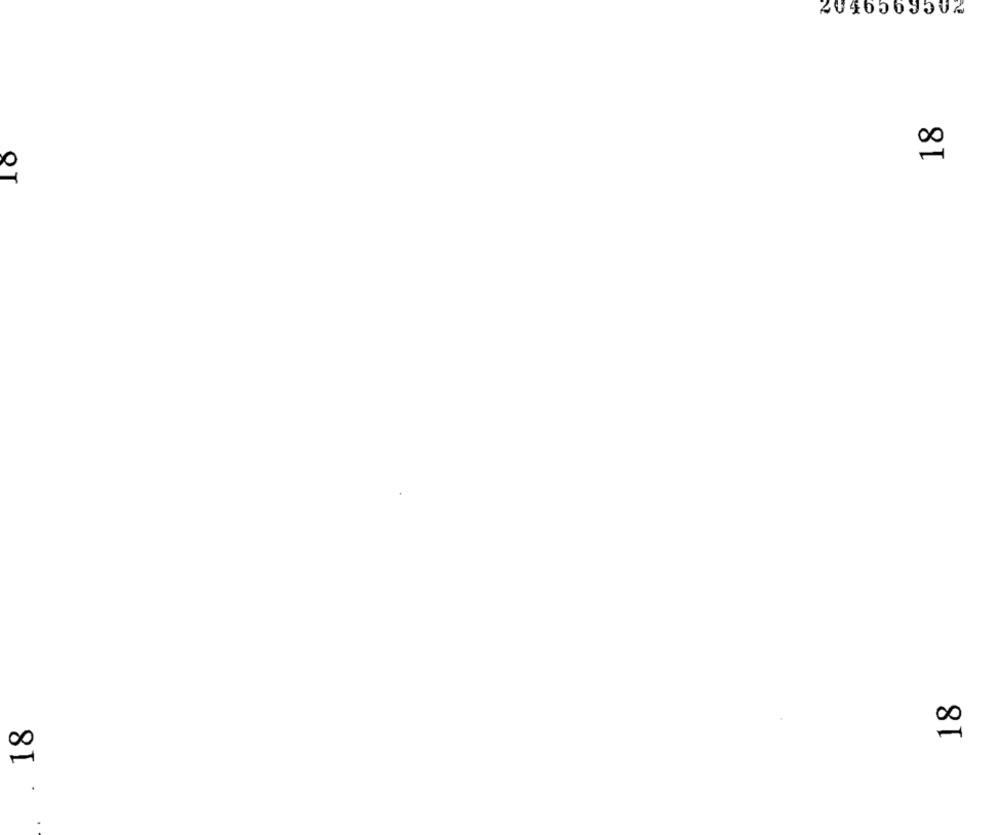
204656950%
00
QT
18
00